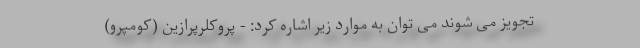
تجویز می شوند می توان به موارد زیر اشاره کرد: - پروکلرپرازین (کومپرو)